Trukikaitis_Postimees, lk 21
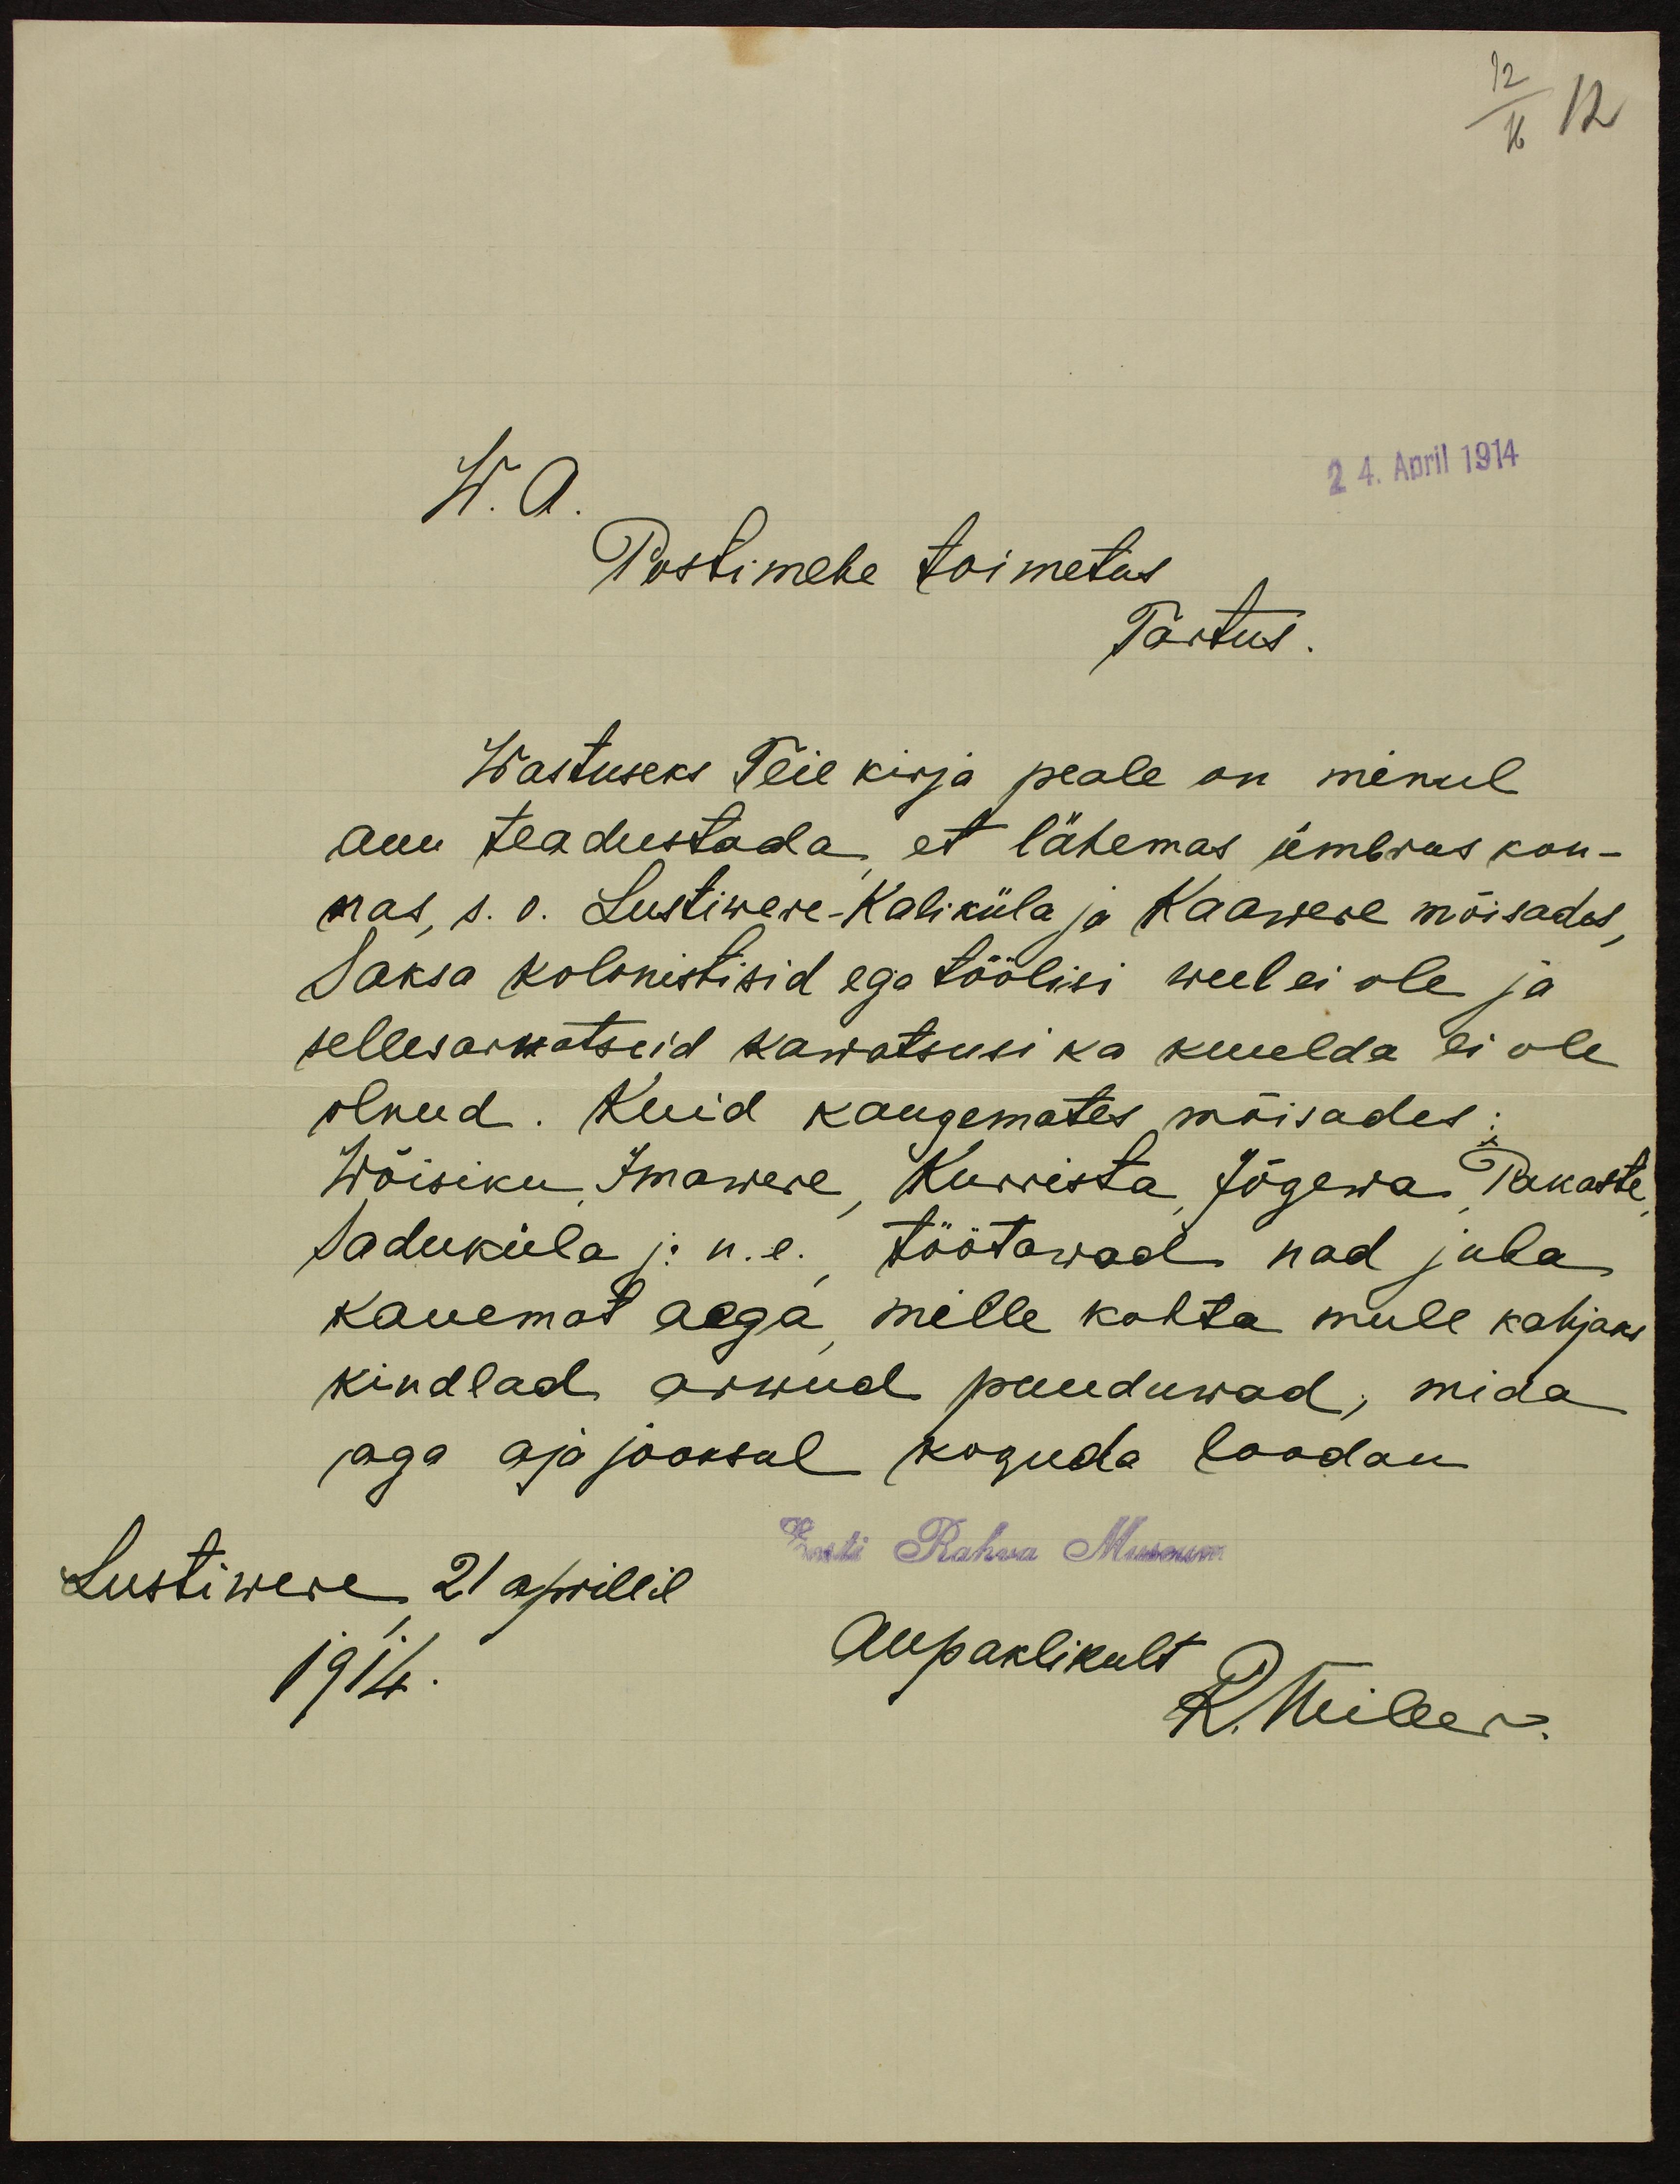
W.a.
24. April 1914
Postimehe toimetus
Tartus.
Wastuseks Teie kirja peale on minul
auu teadustada, et lähemas ümbruskon-
nas, s. o. Lustiwere-Kaliküla ja Kaawere mõisades
Saksa kolonistisid ega töölisi weel ei ole ja
sellesarnatseid kawatsusi ka kuulda ei ole
olnud. Kuid kaugemates mõisades:
Wõisiku Imawere, Kurrista, Jõgewa, Pakaste,
Saduküla j.n.e. töötawad nad juba
kauemat aega, mille kohta mull kahjaks
kindlad arwud puuduwad, mida
aga aja jooksul koguda loodan
Eest Rahva Museum
Lustiwere 21 aprillil
1914.
Aupaklikult
R. Miller.